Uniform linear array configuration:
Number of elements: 48
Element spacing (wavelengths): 0.5
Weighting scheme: hamming
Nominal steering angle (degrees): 45
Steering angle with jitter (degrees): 43.841
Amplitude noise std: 0.05
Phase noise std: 0.05

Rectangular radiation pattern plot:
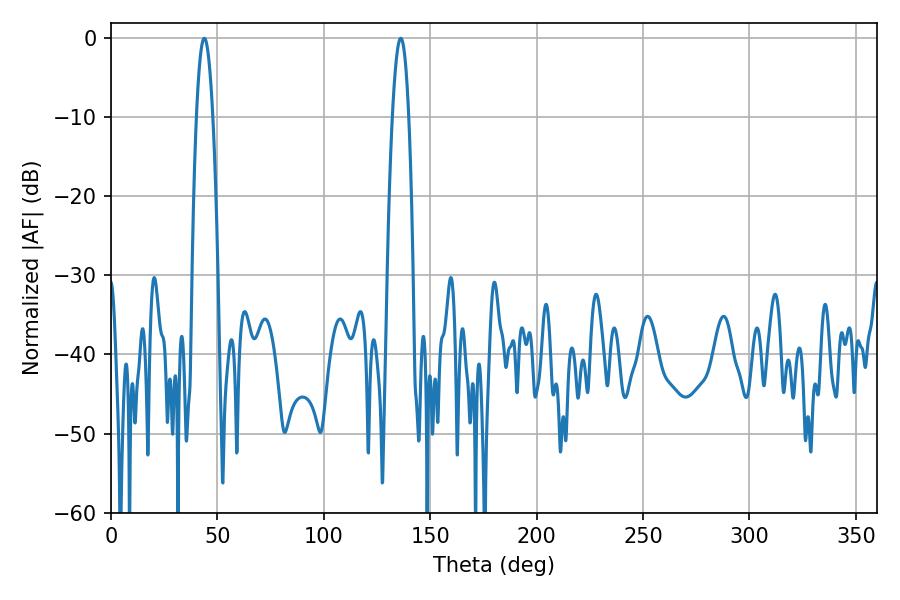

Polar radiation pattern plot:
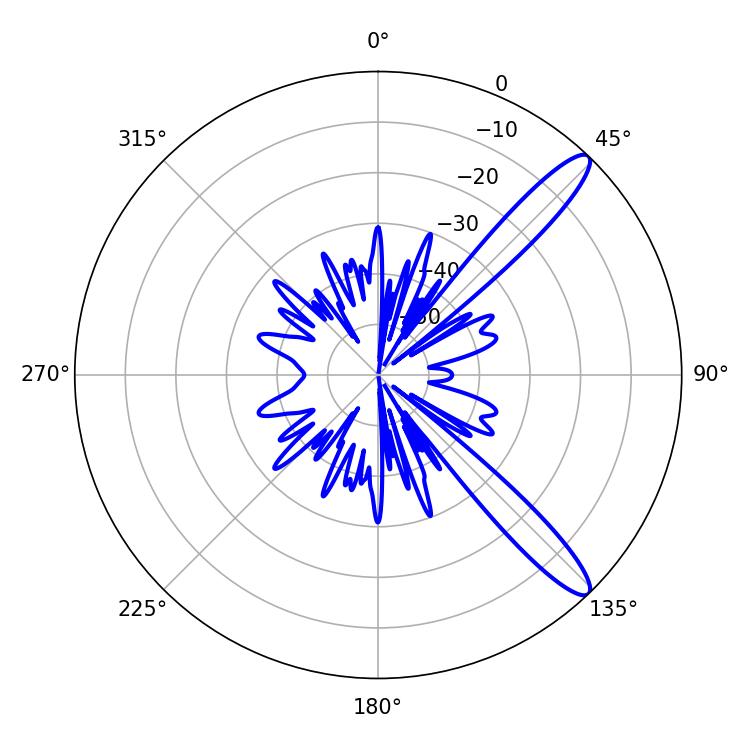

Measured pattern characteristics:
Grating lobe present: FALSE
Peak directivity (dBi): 12.554
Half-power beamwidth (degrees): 4.14
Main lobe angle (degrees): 43.92